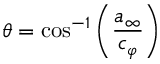
\theta = \cos ^ { - 1 } \left( \frac { a _ { \infty } } { c _ { \varphi } } \right)